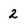
Character: 2